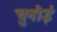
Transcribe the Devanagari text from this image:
चुनौई